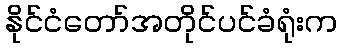
နိုင်ငံတော်အတိုင်ပင်ခံရုံးက